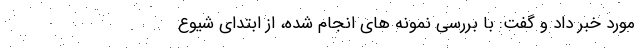
مورد خبر داد و گفت: با بررسی نمونه های انجام شده، از ابتدای شیوع